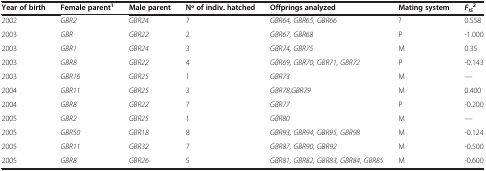
<table><thead><tr><td><b>Year of birth</b></td><td><b>Female parent<sup>1</sup></b></td><td><b>Male parent</b></td><td><b>No of indiv. hatched</b></td><td><b>Offprings analyzed</b></td><td><b>Mating system</b></td><td><b><i>F</i><sub><i>IS</i></sub><sup>2</sup></b></td></tr></thead><tbody><tr><td>2002</td><td><i>GBR2</i></td><td><i>GBR24</i></td><td>7</td><td><i>GBR64, GBR65, GBR66</i></td><td>?</td><td>0.558</td></tr><tr><td>2003</td><td><i>GBR</i></td><td><i>GBR22</i></td><td>2</td><td><i>GBR67, GBR68</i></td><td>P</td><td>-1.000</td></tr><tr><td>2003</td><td><i>GBR1</i></td><td><i>GBR24</i></td><td>3</td><td><i>GBR74, GBR75</i></td><td>M</td><td>0.35</td></tr><tr><td>2003</td><td><i>GBR8</i></td><td><i>GBR22</i></td><td>4</td><td><i>GBR69, GBR70, GBR71, GBR72</i></td><td>P</td><td>-0.143</td></tr><tr><td>2003</td><td><i>GBR16</i></td><td><i>GBR25</i></td><td>1</td><td><i>GBR73</i></td><td>M</td><td>—</td></tr><tr><td>2004</td><td><i>GBR11</i></td><td><i>GBR25</i></td><td>3</td><td><i>GBR78,GBR79</i></td><td>M</td><td>0.400</td></tr><tr><td>2004</td><td><i>GBR8</i></td><td><i>GBR22</i></td><td>7</td><td><i>GBR77</i></td><td>P</td><td>-0.200</td></tr><tr><td>2005</td><td><i>GBR2</i></td><td><i>GBR25</i></td><td>1</td><td><i>GBR80</i></td><td>M</td><td>—</td></tr><tr><td>2005</td><td><i>GBR50</i></td><td><i>GBR18</i></td><td>8</td><td><i>GBR93, GBR94, GBR95, GBR98</i></td><td>M</td><td>-0.124</td></tr><tr><td>2005</td><td><i>GBR11</i></td><td><i>GBR32</i></td><td>7</td><td><i>GBR87, GBR90, GBR92</i></td><td>M</td><td>-0.500</td></tr><tr><td>2005</td><td><i>GBR8</i></td><td><i>GBR26</i></td><td>5</td><td><i>GBR81, GBR82, GBR83, GBR84, GBR85</i></td><td>M</td><td>-0.600</td></tr></tbody></table>